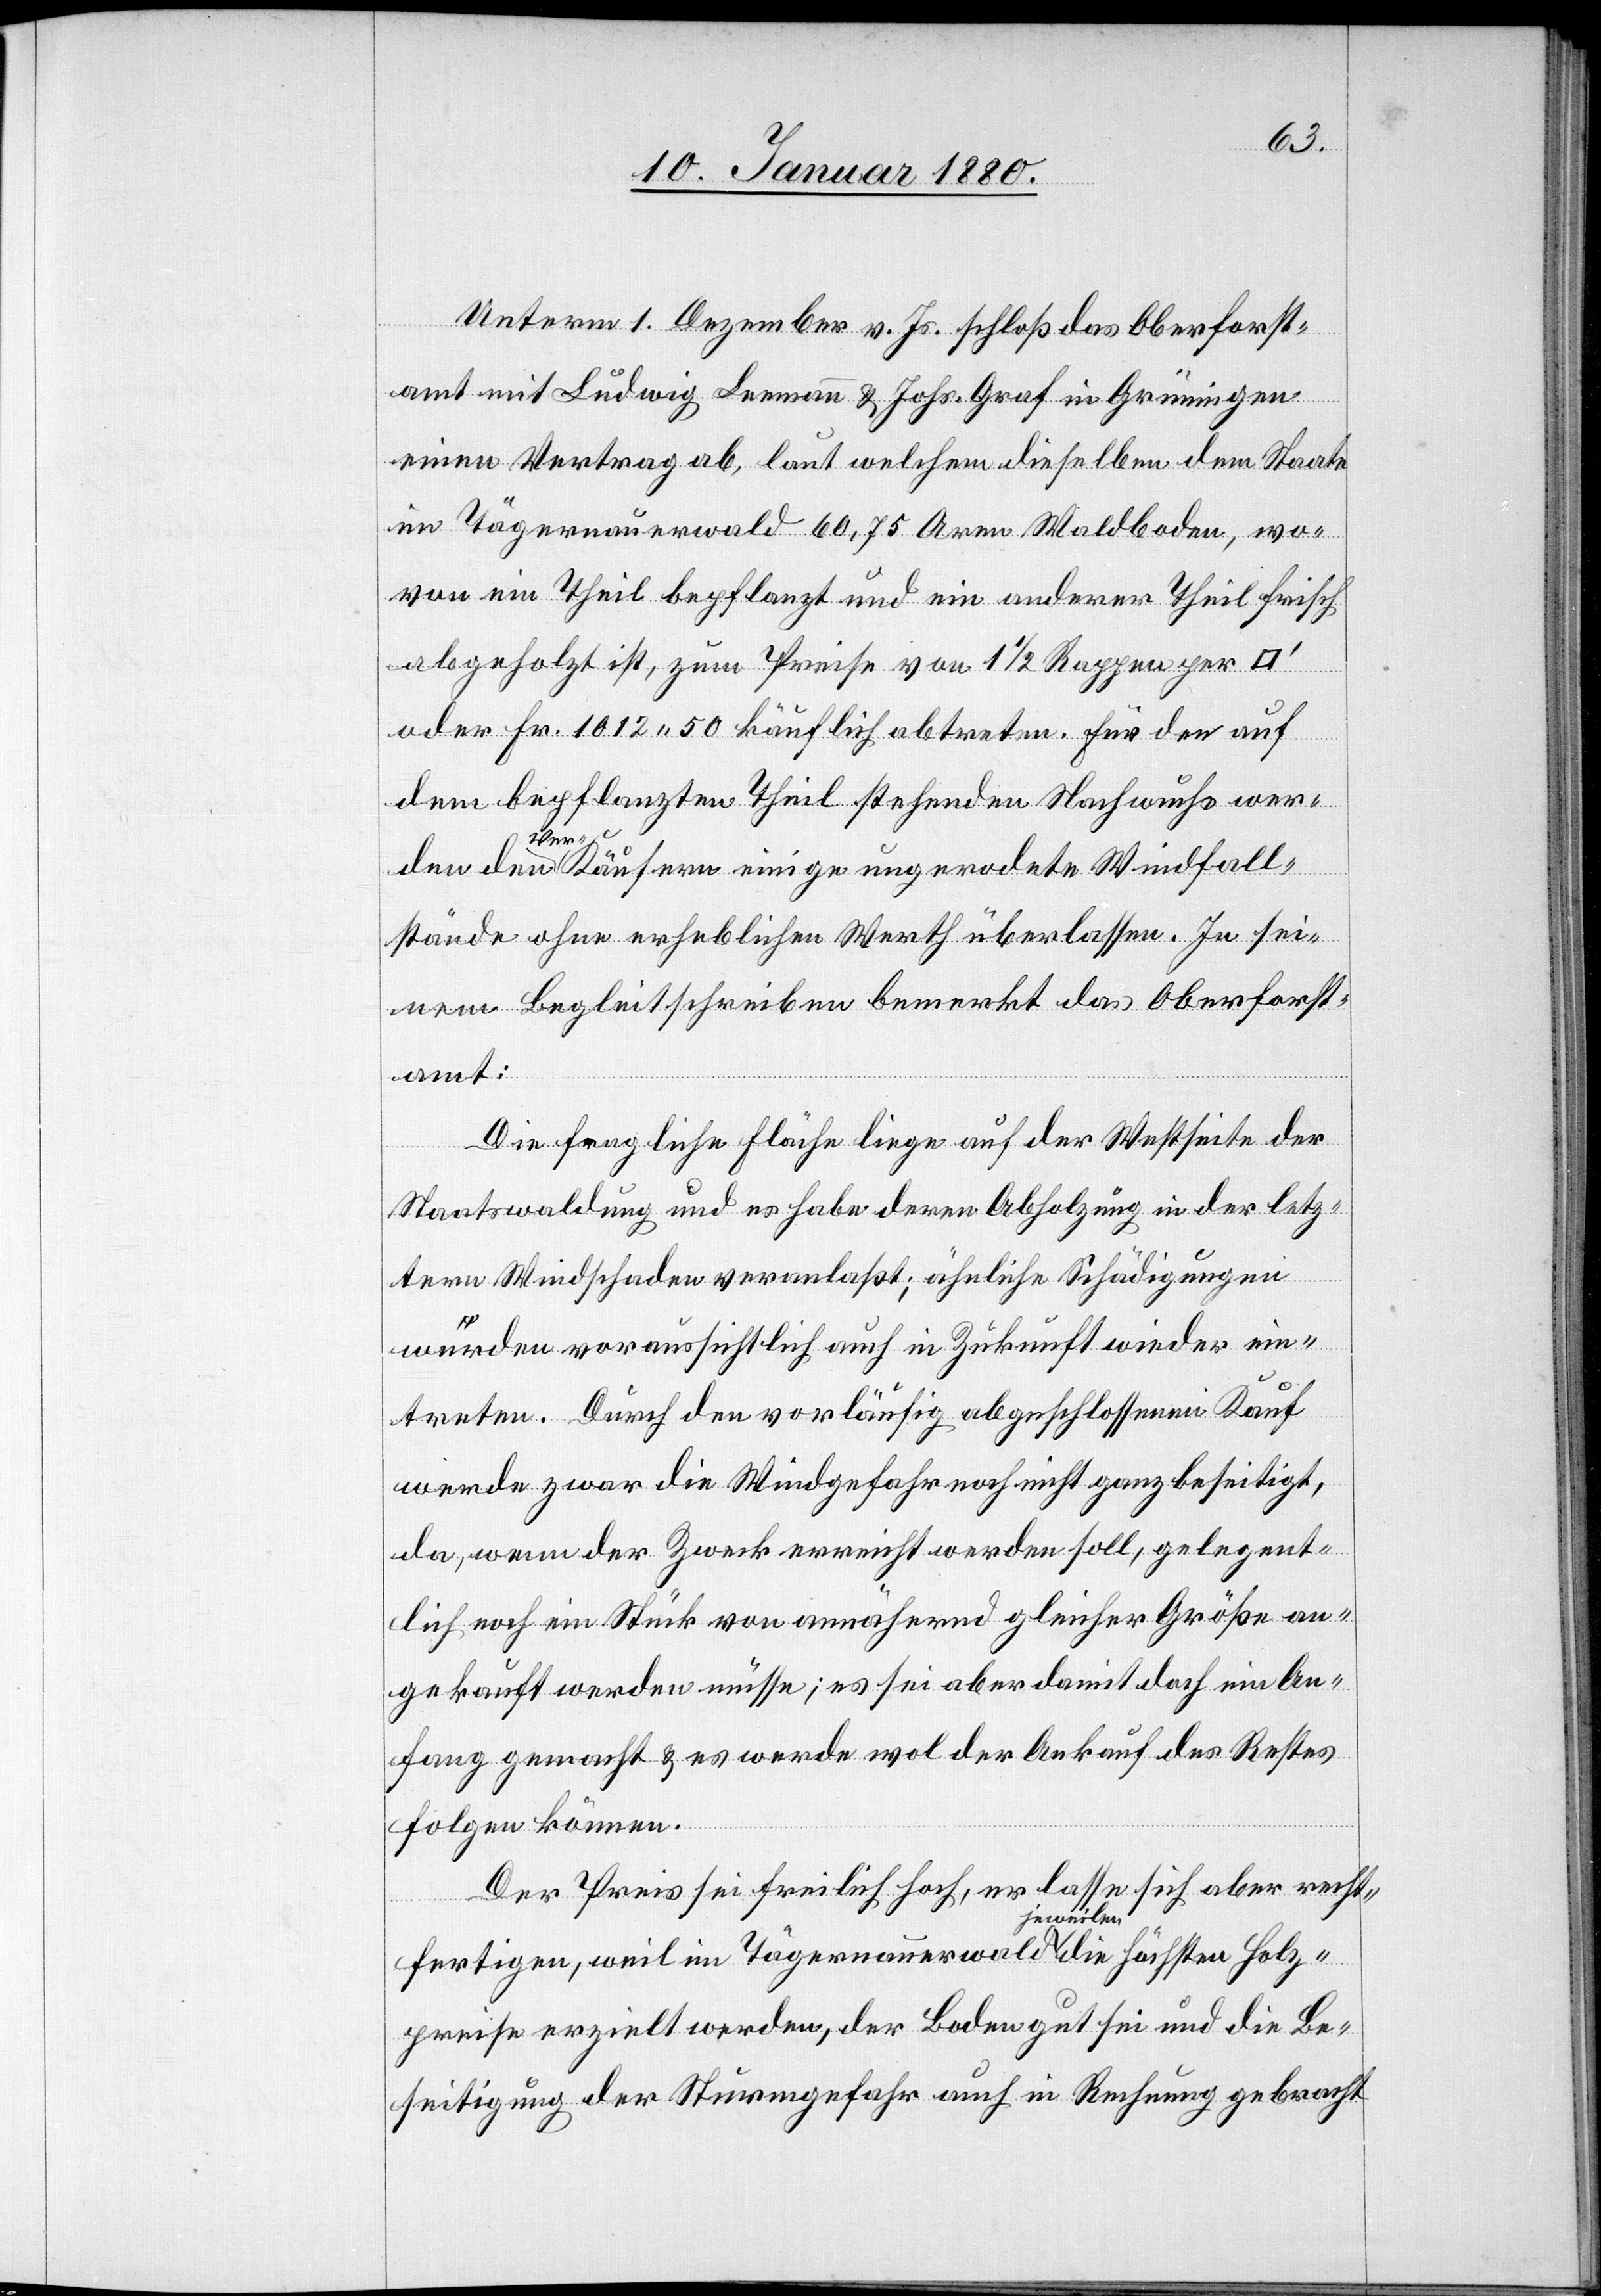
Unterm 1. Dezember v. Js. schloß das Oberforst¬
amt mit Ludwig Leemann & Johs. Graf in Grüningen
einen Vertrag ab, laut welchem dieselben dem Staate
im Tägernauerwald 60,75 Aren Waldboden, wo¬
von ein Theil bepflanzt und ein anderer Theil frisch
abgeholzt ist, zum Preise von 1 1/2 Rappen per
oder Fr. 1012.50 käuflich abtreten. Für den auf
dem bepflanzten Theil stehenden Nachwuchs wer¬
den
den a-Ver--aKäufern einige ungerodete Windfall¬
stände ohne erheblichen Werth überlassen. In sei¬
nem Begleitschreiben bemerkt das Oberforst¬
amt:
Die fragliche Fläche liege auf der Westseite der
Staatswaldung und es habe deren Abholzung in der letz¬
tern Windschaden veranlaßt; ähnliche Schädigungen
würden voraussichtlich auch in Zukunft wieder ein¬
treten. Durch den vorläufig abgeschlossenen Kauf
werde zwar die Windgefahr noch nicht ganz beseitigt,
da, wenn der Zweck erreicht werden soll, gelegent¬
lich noch ein Stück von annähernd gleicher Größe an¬
gekauft werden müsse; es sei aber damit doch ein An¬
fang gemacht & es werde wol der Ankauf des Restes
folgen können.
Der Preis sei freilich hoch, er lasse sich aber recht¬
fertigen, weil im Tägernauerwald a jeweilen-a die höchsten Holz¬
preise erzielt werden, der Boden gut sei und die Be¬
seitigung der Sturmgefahr auch in Rechnung gebracht